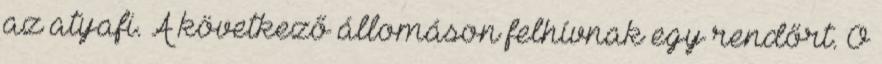
az atyafi. A következő állomáson felhívnak egy rendőrt. Ő